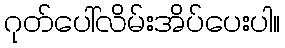
ဂုတ်ပေါ်လိမ်းအိပ်ပေးပါ။